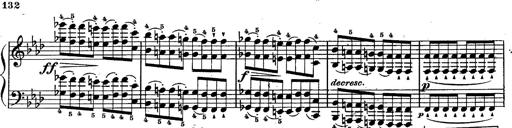
Title: Schubert's Impromptus [revised and edited by Franz Liszt]
Composer: Franz Liszt